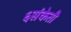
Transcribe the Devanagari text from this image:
६संकेती